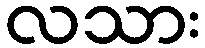
လသား